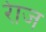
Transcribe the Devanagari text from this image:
रेाज